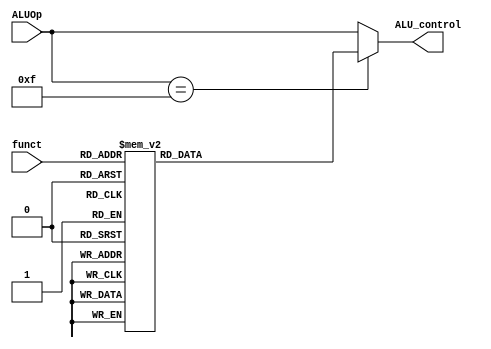
`timescale 1ns / 1ps


`define AND		4'b0000
`define OR		4'b0001
`define ADD 	4'b0010
`define SLL 	4'b0011
`define SRL 	4'b0100
`define MULA	4'b0101
`define SUB 	4'b0110
`define SLT 	4'b0111
`define ADDU	4'b1000
`define SUBU	4'b1001
`define XOR		4'b1010
`define SLTU	4'b1011
`define NOR		4'b1100
`define SRA		4'b1101
`define LUI		4'b1110

`define SLLFunc  6'b000000
`define SRLFunc  6'b000010
`define SRAFunc  6'b000011
`define ADDFunc  6'b100000
`define ADDUFunc 6'b100001
`define SUBFunc  6'b100010
`define SUBUFunc 6'b100011
`define ANDFunc  6'b100100
`define ORFunc   6'b100101
`define XORFunc  6'b100110
`define NORFunc  6'b100111
`define SLTFunc  6'b101010
`define SLTUFunc 6'b101011
`define MULAFunc 6'b111000

module ALUControl (ALU_control, ALUOp, funct);
output reg  [3:0] ALU_control;  
//reg [3:0] ALU_control;
input [3:0] ALUOp;  
input [5:0] funct; 

always @(funct or ALUOp)
begin
if(ALUOp == 4'b1111)
begin 

case (funct)

`SLLFunc : ALU_control <= `SLL;
`SRLFunc : ALU_control <= `SRL;
`SRAFunc : ALU_control <= `SRA;
`ADDFunc : ALU_control <= `ADD;
`ADDUFunc : ALU_control <= `ADDU;
`SUBFunc : ALU_control <= `SUB;
`SUBUFunc : ALU_control <= `SUBU;
`ANDFunc : ALU_control <= `AND;
`ORFunc : ALU_control <= `OR;
`XORFunc : ALU_control <= `XOR;
`NORFunc : ALU_control <= `NOR;
`SLTFunc : ALU_control <= `SLT;
`SLTUFunc : ALU_control <=`SLTU;
`MULAFunc : ALU_control <= `MULA;

default : ALU_control<=4'b0;
endcase
end             

else 
begin
ALU_control<=ALUOp;
end 
end
	

endmodule